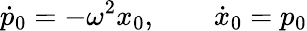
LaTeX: \dot{p}_{0}=-\omega^{2}x_{0},\qquad\dot{x}_{0}=p_{0}